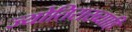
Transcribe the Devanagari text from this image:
ज्योतिराख्याहि